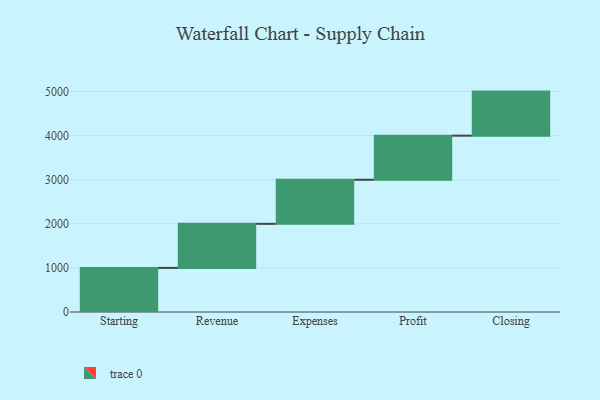
{"axis": {"x": "Step", "y": "Value"}, "legend": [""], "data": [{"x": "Starting", "y": 1000, "type": ""}, {"x": "Revenue", "y": 1000, "type": ""}, {"x": "Expenses", "y": 1000, "type": ""}, {"x": "Profit", "y": 1000, "type": ""}, {"x": "Closing", "y": 1000, "type": ""}]}